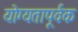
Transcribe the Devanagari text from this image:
योग्‍यतापूर्वक